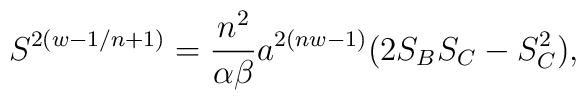
S^{2(w-1/n+1)}={n^2\over{\alpha\beta}}a^{2(nw-1)}(2S_BS_C-S^2_C),